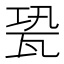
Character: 㼦